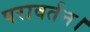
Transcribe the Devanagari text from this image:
परावर्तन।